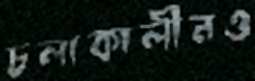
চলাকালীনও